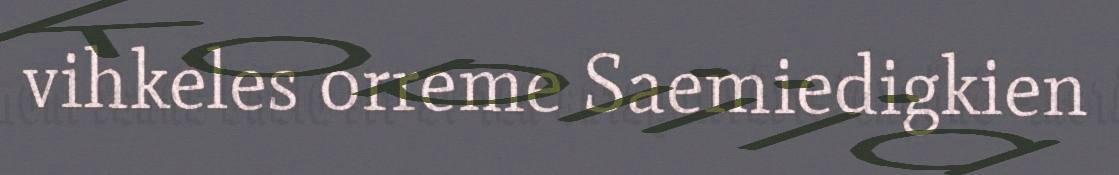
vihkeles orreme Saemiedigkien